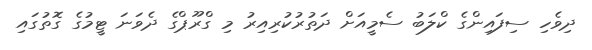
ދިވެހި ސިފައިންގެ ކްލަބު ސެމީއަށް ދަތުރުކުރިއިރު މި ގްރޫޕްގެ ދެވަނަ ޓީމުގެ ގޮތުގައި